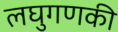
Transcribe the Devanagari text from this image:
लघुगणकी